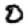
Digit: 0